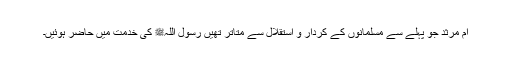
ام مرثد جو پہلے سے مسلمانوں کے کردار و استقلال سے متاتر تھیں رسول اللہﷺ کی خدمت میں حاضر ہوئیں۔